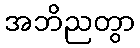
အဘိညတွာ